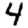
Digit: 4